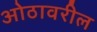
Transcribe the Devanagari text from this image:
ओठावरील